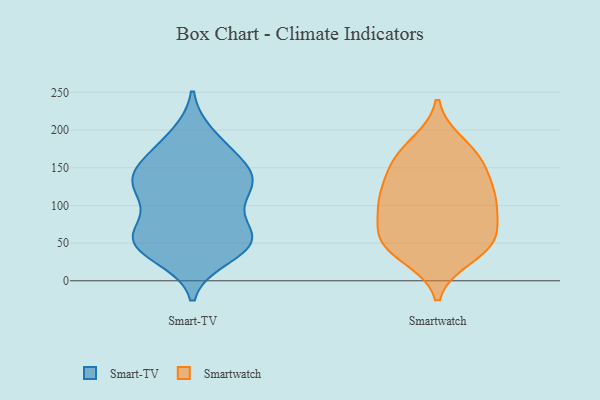
{"axis": {"x": "Conversion Rate (%)", "y": "Value"}, "legend": ["Smart-TV", "Smartwatch"], "data": [{"x": "", "y": 52, "type": "Smart-TV"}, {"x": "", "y": 60, "type": "Smart-TV"}, {"x": "", "y": 122, "type": "Smart-TV"}, {"x": "", "y": 128, "type": "Smart-TV"}, {"x": "", "y": 142, "type": "Smart-TV"}, {"x": "", "y": 63, "type": "Smart-TV"}, {"x": "", "y": 164, "type": "Smart-TV"}, {"x": "", "y": 51, "type": "Smart-TV"}, {"x": "", "y": 52, "type": "Smart-TV"}, {"x": "", "y": 121, "type": "Smart-TV"}, {"x": "", "y": 33, "type": "Smart-TV"}, {"x": "", "y": 48, "type": "Smart-TV"}, {"x": "", "y": 126, "type": "Smart-TV"}, {"x": "", "y": 184, "type": "Smart-TV"}, {"x": "", "y": 146, "type": "Smart-TV"}, {"x": "", "y": 47, "type": "Smart-TV"}, {"x": "", "y": 192, "type": "Smart-TV"}, {"x": "", "y": 82, "type": "Smart-TV"}, {"x": "", "y": 152, "type": "Smart-TV"}, {"x": "", "y": 119, "type": "Smart-TV"}, {"x": "", "y": 33, "type": "Smartwatch"}, {"x": "", "y": 92, "type": "Smartwatch"}, {"x": "", "y": 104, "type": "Smartwatch"}, {"x": "", "y": 107, "type": "Smartwatch"}, {"x": "", "y": 147, "type": "Smartwatch"}, {"x": "", "y": 61, "type": "Smartwatch"}, {"x": "", "y": 111, "type": "Smartwatch"}, {"x": "", "y": 57, "type": "Smartwatch"}, {"x": "", "y": 142, "type": "Smartwatch"}, {"x": "", "y": 45, "type": "Smartwatch"}, {"x": "", "y": 45, "type": "Smartwatch"}, {"x": "", "y": 108, "type": "Smartwatch"}, {"x": "", "y": 57, "type": "Smartwatch"}, {"x": "", "y": 169, "type": "Smartwatch"}, {"x": "", "y": 162, "type": "Smartwatch"}, {"x": "", "y": 181, "type": "Smartwatch"}]}